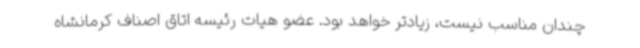
چندان مناسب نیست، زیادتر خواهد بود. عضو هیات رئیسه اتاق اصناف کرمانشاه